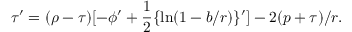
\tau ^ { \prime } = ( \rho - \tau ) [ - \phi ^ { \prime } + { \frac { 1 } { 2 } } \{ \ln ( 1 - b / r ) \} ^ { \prime } ] - 2 ( p + \tau ) / r .